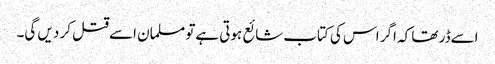
اسےڈر تھا کہ اگر اس کی کتاب شائع ہوتی ہےتو مسلمان اسےقتل کر دیں گی۔